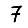
Digit: 7